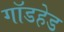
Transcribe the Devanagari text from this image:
गॉडहेड